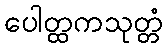
ပေါတ္ထကသုတ္တံ